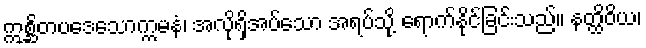
ဣစ္ဆိတပဒေသောက္ကမနံ၊ အလိုရှိအပ်သော အရပ်သို့ ရောက်နိုင်ခြင်းသည်။ နတ္ထိဝိယ၊